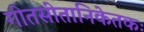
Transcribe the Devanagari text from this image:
गीतसीतानिकेतकः